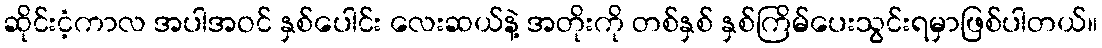
ဆိုင်းငံ့ကာလ အပါအဝင် နှစ်ပေါင်း လေးဆယ်နဲ့ အတိုးကို တစ်နှစ် နှစ်ကြိမ်ပေးသွင်းရမှာဖြစ်ပါတယ်။